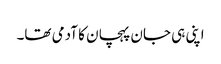
اپنی ہی جان پہچان کا آدمی تھا۔